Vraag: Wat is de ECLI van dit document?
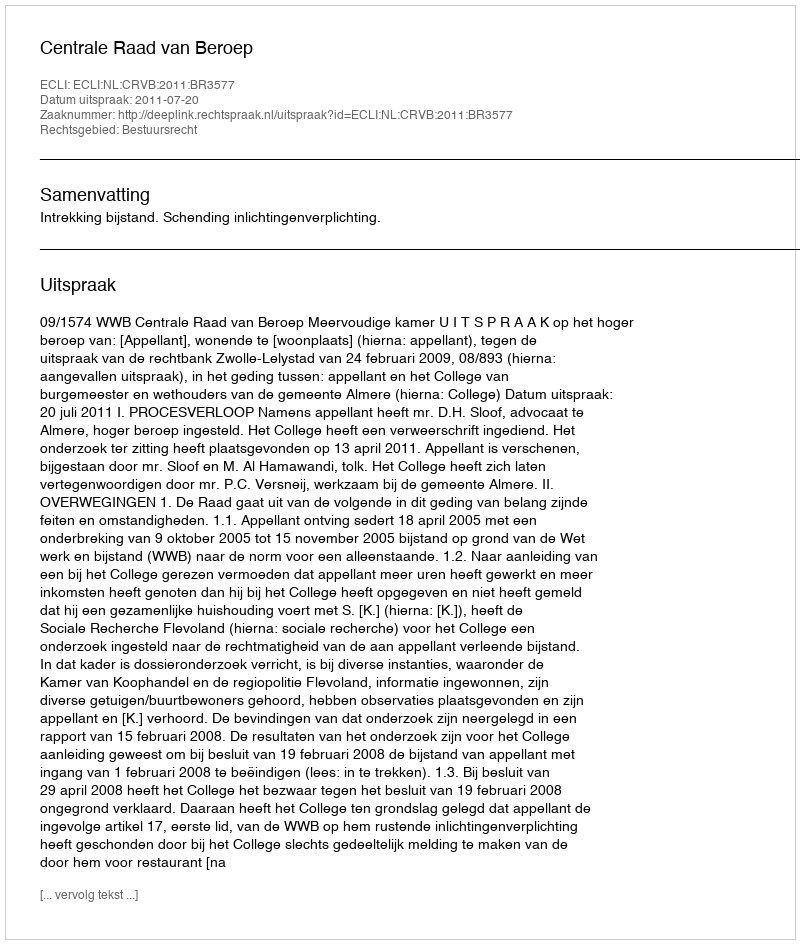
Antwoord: ECLI:NL:CRVB:2011:BR3577